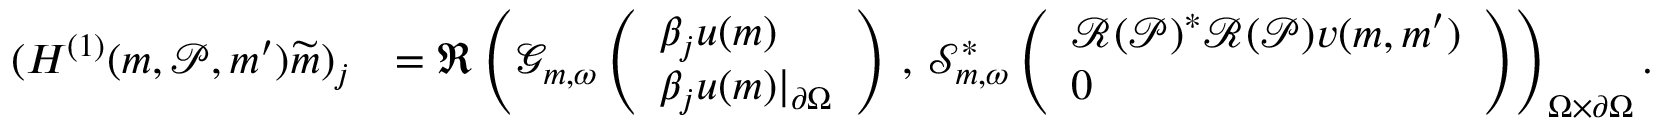
\begin{array} { r l } { ( H ^ { ( 1 ) } ( \boldsymbol { m } , \mathcal { P } , \boldsymbol { m } ^ { \prime } ) \widetilde { \boldsymbol { m } } ) _ { j } } & { = \Re \left( \mathcal { G } _ { \boldsymbol { m } , \omega } \left( \begin{array} { l } { \beta _ { j } u ( \boldsymbol { m } ) } \\ { \beta _ { j } u ( \boldsymbol { m } ) \vert _ { \partial \Omega } } \end{array} \right) \, , \, \mathscr { S } _ { m , \omega } ^ { * } \left( \begin{array} { l } { \mathcal { R } ( \mathcal { P } ) ^ { * } \mathcal { R } ( \mathcal { P } ) v ( \boldsymbol { m } , \boldsymbol { m } ^ { \prime } ) } \\ { 0 } \end{array} \right) \right) _ { \Omega \times \partial \Omega } . } \end{array}